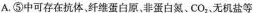
A.⑤中可存在抗体，纤维蛋白原，非蛋白氮、CO_{2}、无机盐等